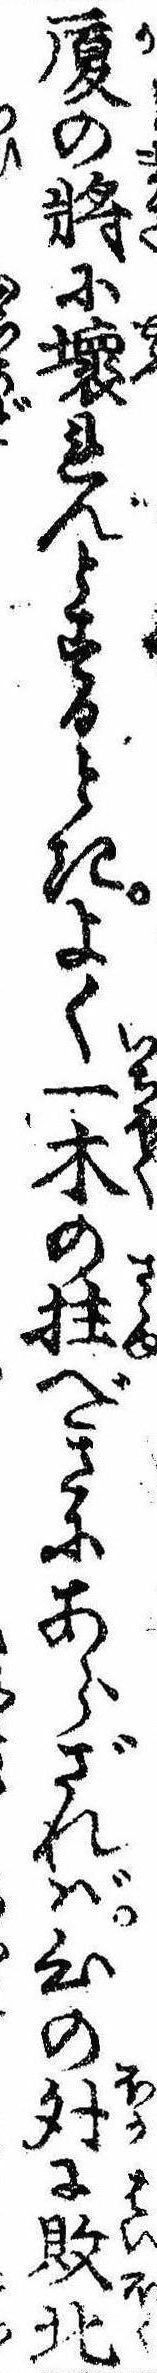
廈の将に壊れんとするときよく一木の拄べきにあらざれば心の外に敗北